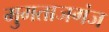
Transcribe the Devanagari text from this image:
मुमताजगंज